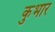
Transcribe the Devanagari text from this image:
कुभार